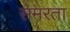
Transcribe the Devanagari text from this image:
समरता